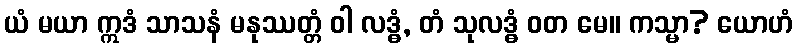
ယံ မယာ ဣဒံ သာသနံ မနုဿတ္တံ ဝါ လဒ္ဓံ, တံ သုလဒ္ဓံ ဝတ မေ။ ကသ္မာ? ယောဟံ